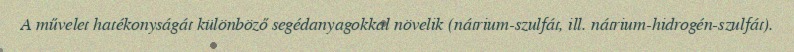
A művelet hatékonyságát különböző segédanyagokkal növelik (nátrium-szulfát, ill. nátrium-hidrogén-szulfát).